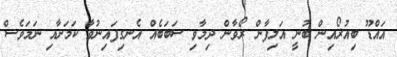
އައްޑޫ ބިއުޜޯއިން ބުނީ އަލިފާން ރޯވާން ދިމާވި ސަބަބެއް އެނގިފައިނުވާ ކަމަށާއި ނަމަވެސް